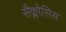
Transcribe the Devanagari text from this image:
सैक्लोसिस